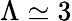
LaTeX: \Lambda\simeq 3